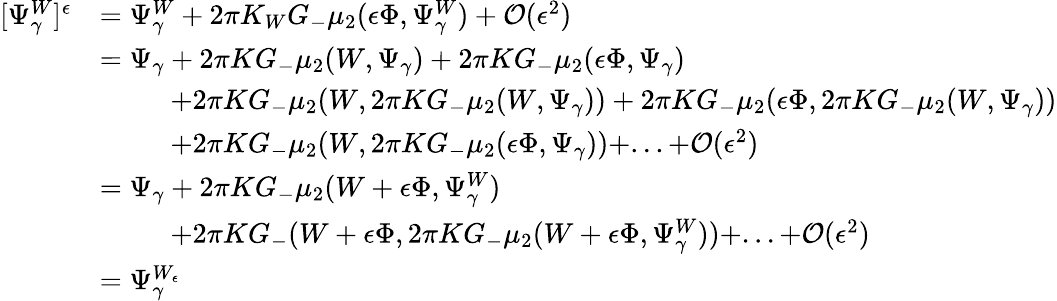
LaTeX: \begin{array}{rl}{[\Psi_{\gamma}^{W}]^{\epsilon}}&{=\Psi_{\gamma}^{W}+2\pi K_{W}G_{-}\mu_{2}({\epsilon}\Phi,\Psi_{\gamma}^{W})+\mathcal{O}({\epsilon}^{2})}\\ &{=\Psi_{\gamma}+2\pi KG_{-}\mu_{2}(W,\Psi_{\gamma})+2\pi KG_{-}\mu_{2}({\epsilon}\Phi,\Psi_{\gamma})}\\ &{\; \; \; \; \; \; \; \; \; +2\pi KG_{-}\mu_{2}(W,2\pi KG_{-}\mu_{2}(W,\Psi_{\gamma}))+2\pi KG_{-}\mu_{2}({\epsilon}\Phi,2\pi KG_{-}\mu_{2}(W,\Psi_{\gamma}))}\\ &{\; \; \; \; \; \; \; \; \; +2\pi KG_{-}\mu_{2}(W,2\pi KG_{-}\mu_{2}({\epsilon}\Phi,\Psi_{\gamma}))+...+\mathcal{O}({\epsilon}^{2})}\\ &{=\Psi_{\gamma}+2\pi KG_{-}\mu_{2}(W+{\epsilon}\Phi,\Psi_{\gamma}^{W})}\\ &{\; \; \; \; \; \; \; \; \; +2\pi KG_{-}(W+{\epsilon}\Phi,2\pi KG_{-}\mu_{2}(W+{\epsilon}\Phi,\Psi_{\gamma}^{W}))+...+\mathcal{O}({\epsilon}^{2})}\\ &{=\Psi_{\gamma}^{W_{\epsilon}}}\end{array}